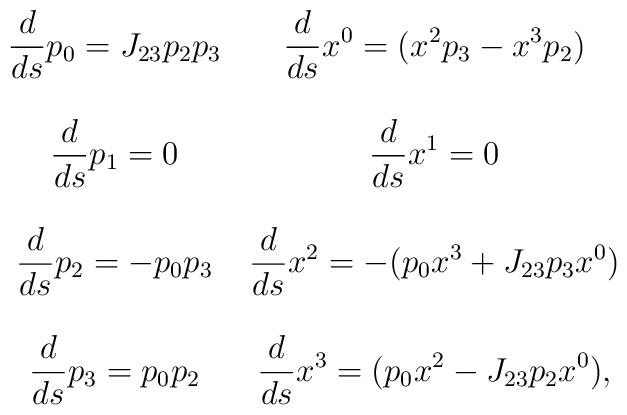
\begin{array}{cc}\displaystyle\frac{d}{ds} p_0 =J_{23}p_2 p_3  &\displaystyle  \frac{d}{ds} x^0 = (x^2 p_3 -x^3 p_2)  \\~\\\displaystyle\frac{d}{ds} p_1 = 0                & \displaystyle    \frac{d}{ds} x^1= 0 \\~\\\displaystyle\frac{d}{ds} p_2 = -p_0 p_3   &  \displaystyle  \frac{d}{ds} x^2 =-(p_0 x^3+J_{23} p_3x^0) \\~\\\displaystyle\frac{d}{ds} p_3 = p_0 p_2   & \displaystyle \frac{d}{ds} x^3 =(p_0 x^2-J_{23} p_2x^0),\end{array}